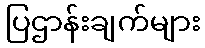
ပြဌာန်းချက်များ